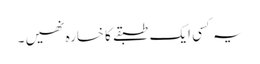
یہ کسی ایک طبقے کا خسارہ نھیں ۔